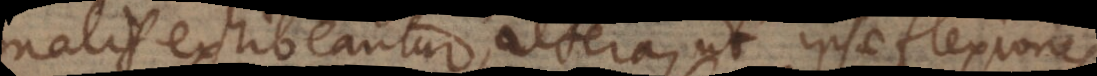
rationalis exhibeantur, altera, ut ipsae flexiones